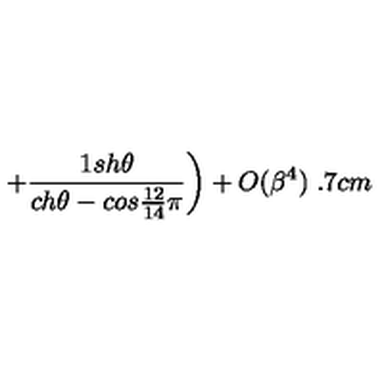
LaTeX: \left. + \frac { 1 s h \theta } { c h \theta - c o s \frac { 1 2 } { 1 4 } \pi } \right) + O ( \beta ^ { 4 } ) \hspace { 3 . 7 c m }